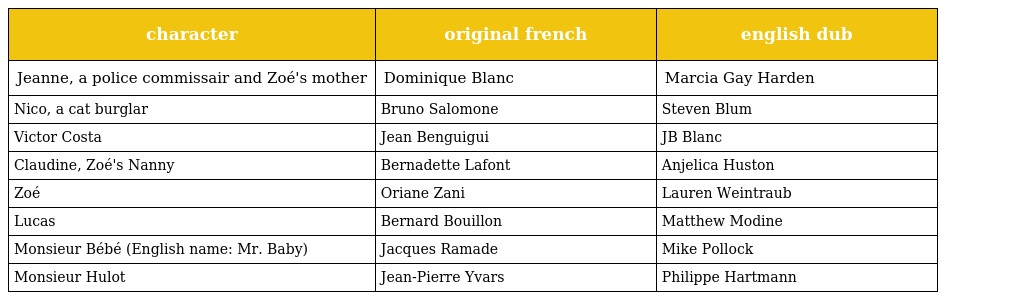
| character | original french | english dub |
 | --- | --- | --- |
 | Jeanne, a police commissair and Zoé's mother | Dominique Blanc | Marcia Gay Harden |
 | Nico, a cat burglar | Bruno Salomone | Steven Blum |
 | Victor Costa | Jean Benguigui | JB Blanc |
 | Claudine, Zoé's Nanny | Bernadette Lafont | Anjelica Huston |
 | Zoé | Oriane Zani | Lauren Weintraub |
 | Lucas | Bernard Bouillon | Matthew Modine |
 | Monsieur Bébé (English name: Mr. Baby) | Jacques Ramade | Mike Pollock |
 | Monsieur Hulot | Jean-Pierre Yvars | Philippe Hartmann |